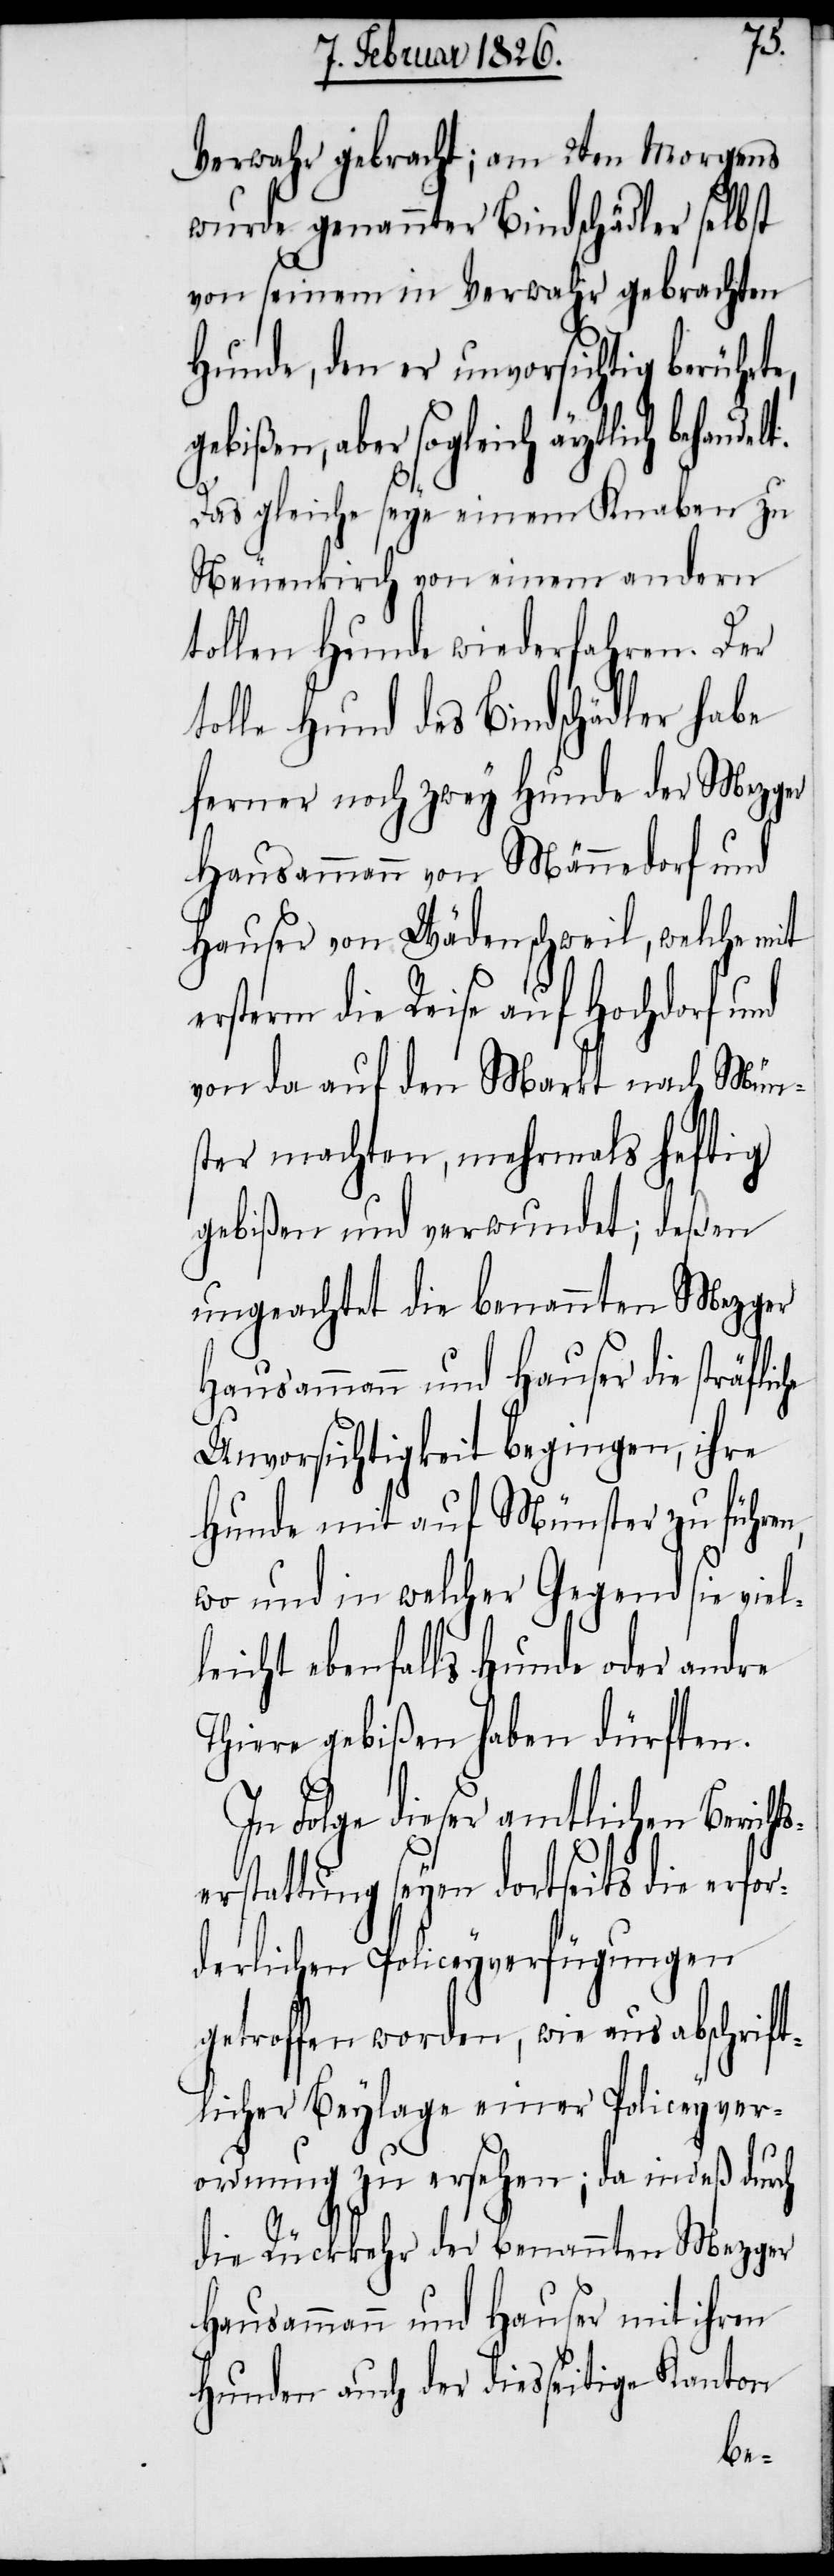
for¬
Verwahr gebracht; am 2ten Morgens
wurde genannter Bindschädler selbst
von seinem in Verwahr gebrachten
Hunde, den er unvorsichtig berührte,
gebißen, aber sogleich ärztli¬
Das gleiche seye einem Knaben zu
Neuenkirch von einem andern
tollen Hunde wiederfahren. Der
tolle Hund des Bindschädler habe
ferner noch zwey Hunde der Mezger
Hausammann von Männedorf und
Hauser von Wädenschweil, welche mit
ersterm die Reise auf Hochdorf und
von da auf den Markt nach Mün¬
ster machten, mehrmals heftig
gebißen und verwundet; deßen
ungeachtet die benannten Mezger
Hausammann und Hauser die sträfli¬
Unvorsichtigkeit begingen, ihre
Hunde mit auf Münster zu führe¬
wo und in welcher Gegend sie viel¬
leicht ebenfalls Hunde oder andre
Thiere gebißen haben dürften.
In Folge dieser amtlichen Bericht¬
rstattung seyen dortseits die er¬
derlichen Policeyverfügungen
getroffen worden, wie aus abschrift¬
licher Beylage einer Policeyver¬
ordnung zu ersehen; da indeß durch
die Rückkehr der benannten Mezger
Hausammann und Hauser mit ihren
Hunden auch der diesseitige Kanton